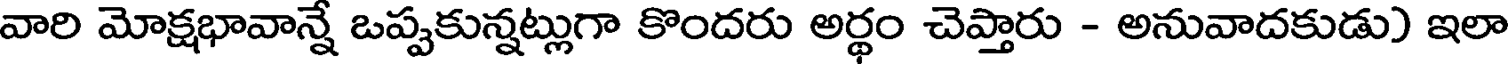
వారి మోక్షభావాన్నే ఒప్పకున్నట్లుగా కొందరు అర్థం చెప్తారు - అనువాదకుడు) ఇలా